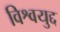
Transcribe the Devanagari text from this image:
विश्वयुद्द